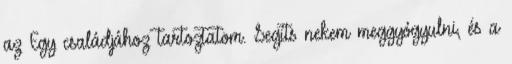
az Egy családjához tartoztatom. Segíts nekem meggyógyulni, és a